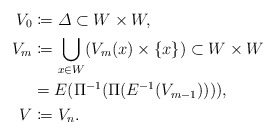
\begin{align*}V_{0} &\coloneqq \varDelta \subset W \times W ,\\V_{m} &\coloneqq \bigcup _{x\in W}(V_{m}(x) \times \{ x \}) \subset W \times W\\ &= E (\Pi^{-1} (\Pi(E^{-1}(V_{m-1})))),\\V &\coloneqq V_n.\end{align*}